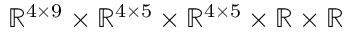
\mathbb { R } ^ { 4 \times 9 } \times \mathbb { R } ^ { 4 \times 5 } \times \mathbb { R } ^ { 4 \times 5 } \times \mathbb { R } \times \mathbb { R }